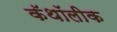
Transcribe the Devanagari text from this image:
कॅथॉलीक